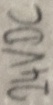
Text: 24VDC